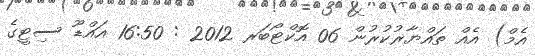
އެމް) އެއް ތައްޔާރުކުރުން 06 އޮކްޓޯބަރ 2012 : 16:50 އައްޑޫ ސިޓީގެ